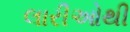
લારીઓથી